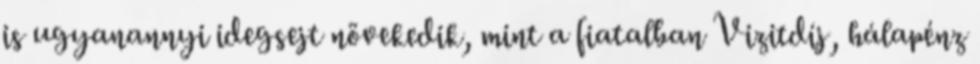
is ugyanannyi idegsejt növekedik, mint a fiatalban Vizitdíj, hálapénz